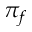
\pi _ { f }